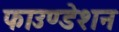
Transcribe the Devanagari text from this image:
फाउण्‍डेशन